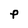
Character: P